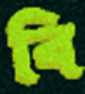
বি